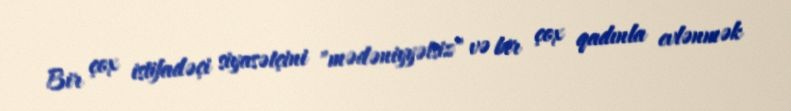
Bir çox istifadəçi siyasətçini "mədəniyyətsiz" və bir çox qadınla evlənmək